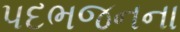
પદભજનના